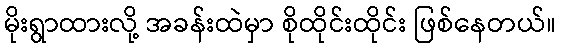
မိုးရွာထားလို့ အခန်းထဲမှာ စိုထိုင်းထိုင်း ဖြစ်နေတယ်။